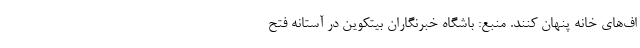
اف‌های خانه پنهان کنند. منبع: باشگاه خبرنگاران بیتکوین در آستانه فتح